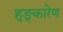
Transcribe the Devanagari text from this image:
हुङ्कारेण